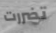
تضررت